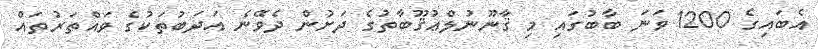
އެބައިގެ 1200 ވަނަ ބާބުގައި މި ޤާނޫނުލްޢުޤޫބާތުގެ ދަށުން ދެވޭނެ އަދަބުތަކުގެ ވައްތަރުތައް